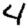
Digit: 4